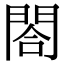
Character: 閤